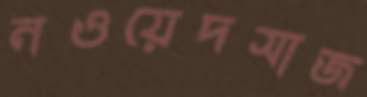
নওয়েদসাজ